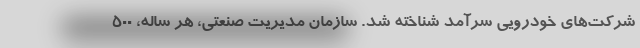
شرکت‌های خودرویی سرآمد شناخته شد. سازمان مدیریت صنعتی، هر ساله، ۵۰۰